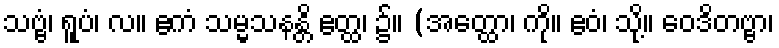
သဗ္ဗံ၊ ရူပံ၊ လ။ ဧကံ သမ္မသနန္တိ ဧတ္ထ၊ ၌။ (အတ္ထော၊ ကို။ ဧဝံ၊ သို့။ ဝေဒိတဗ္ဗာ၊